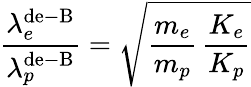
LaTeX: \frac{\lambda_{e}^{\mathrm{de-B}}}{\lambda_{p}^{\mathrm{de-B}}}=\sqrt{\frac{m_{e}}{m_{p}}\, \frac{K_{e}}{K_{p}}}